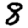
Digit: 8